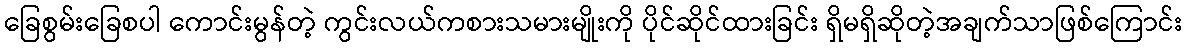
ခြေစွမ်းခြေစပါ ကောင်းမွန်တဲ့ ကွင်းလယ်ကစားသမားမျိုးကို ပိုင်ဆိုင်ထားခြင်း ရှိမရှိဆိုတဲ့အချက်သာဖြစ်ကြောင်း